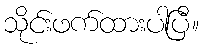
သိုင်းဖက်ထားပါပြီ။